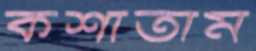
কশাতাম